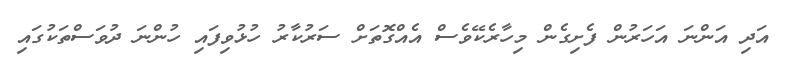
އަދި އަންނަ އަހަރުން ފެށިގެން މިހާރެކޭވެސް އެއްގޮތަށް ސަރުކާރު ހުޅުވިފައި ހުންނަ ދުވަސްތަކުގައި